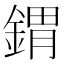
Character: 𨩋